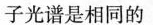
子光谱是相同的